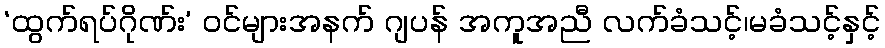
‘ထွက်ရပ်ဂိုဏ်း’ ဝင်များအနက် ဂျပန် အကူအညီ လက်ခံသင့်၊မခံသင့်နှင့်